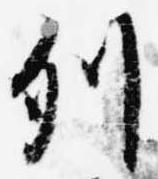
列